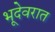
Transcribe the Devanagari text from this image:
भूदेवरात